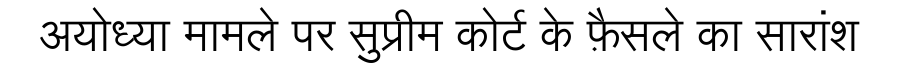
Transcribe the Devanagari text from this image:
अयोध्या मामले पर सुप्रीम कोर्ट के फ़ैसले का सारांश